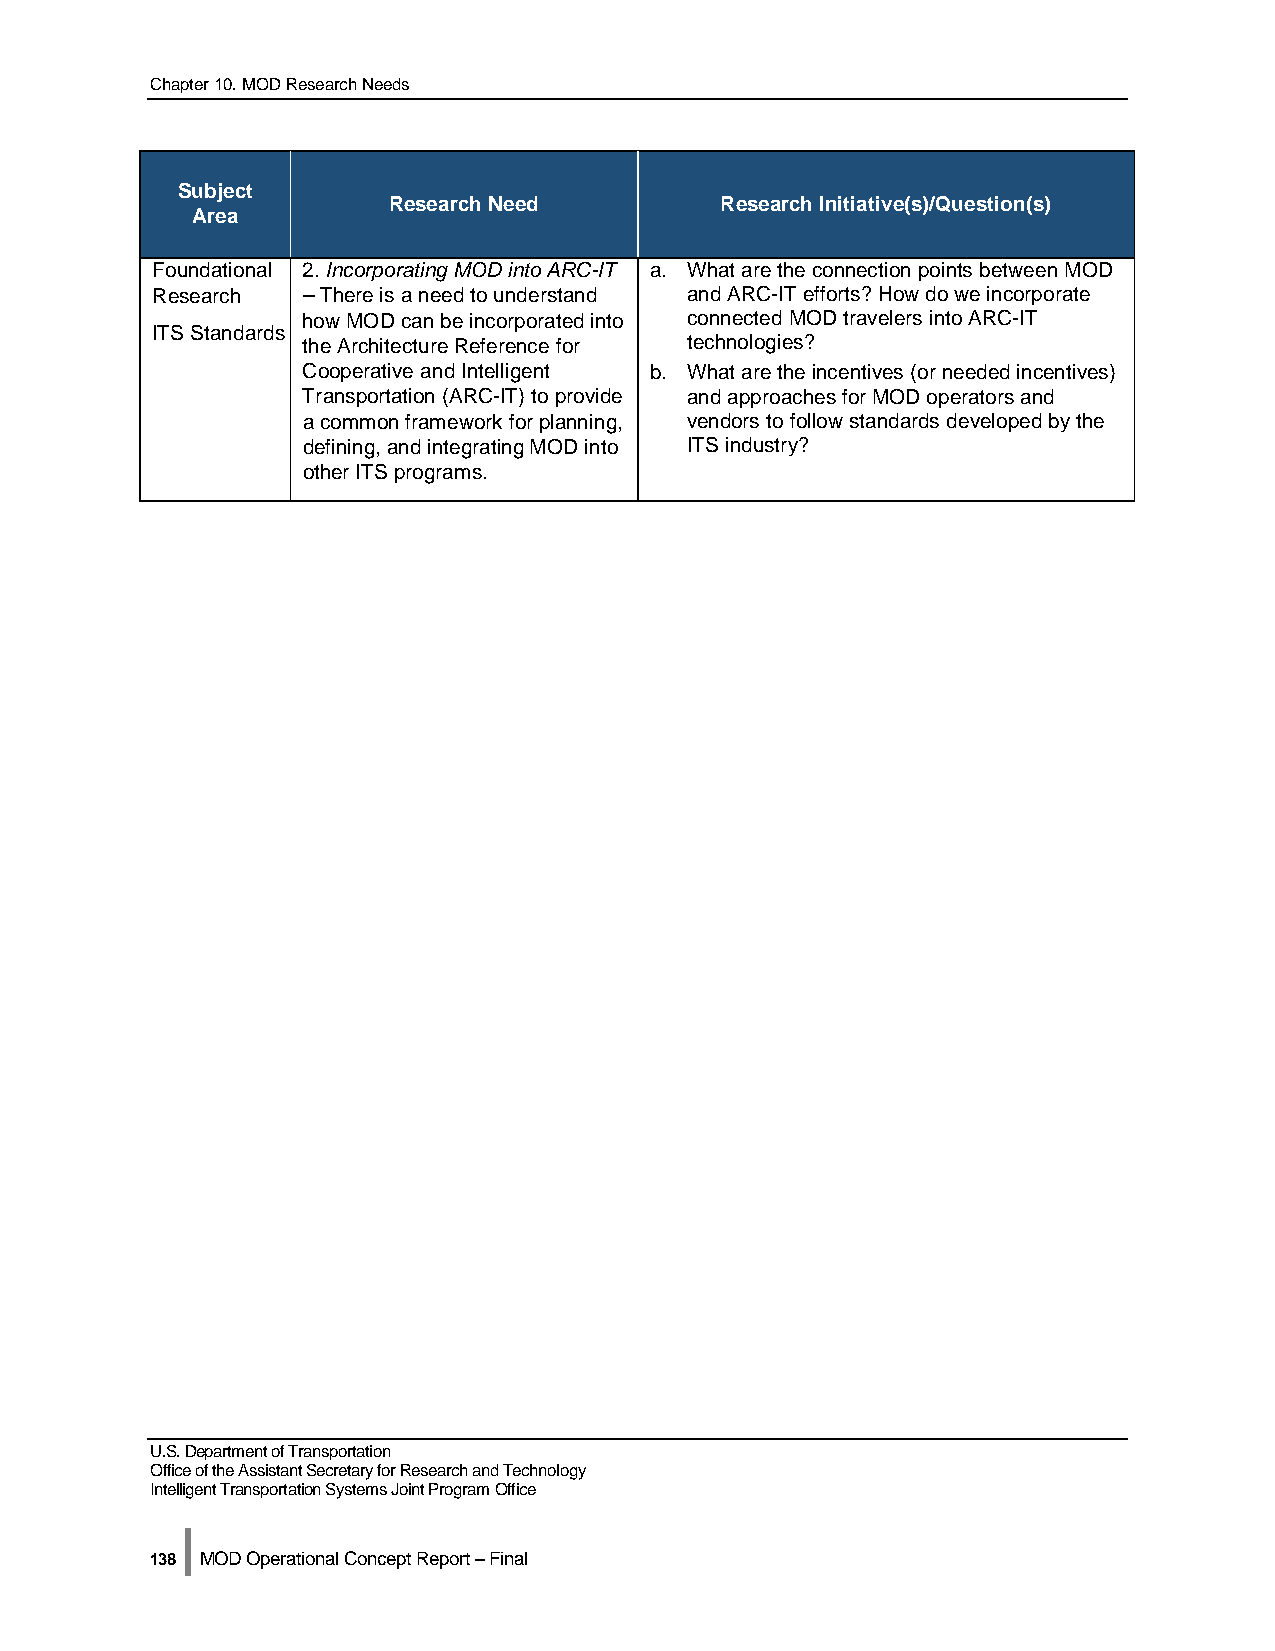
Chapter 10. MOD Research Needs
 Subject
 Research Need         Research Initiative(s)/Question(s)
 Area
 Foundational 2. Incorporating MOD into ARC-IT a. What are the connection points between MOD
 Research  – There is a need to understand and ARC-IT efforts? How do we incorporate
 how MOD can be incorporated into connected MOD travelers into ARC-IT
 ITS Standards
 the Architecture Reference for technologies?
 Cooperative and Intelligent b. What are the incentives (or needed incentives)
 Transportation (ARC-IT) to provide and approaches for MOD operators and
 a common framework for planning, vendors to follow standards developed by the
 defining, and integrating MOD into ITS industry?
 other ITS programs.
 U.S. Department of Transportation
 Office of the Assistant Secretary for Research and Technology
 Intelligent Transportation Systems Joint Program Office
 |
 138 MOD Operational Concept Report – Final